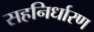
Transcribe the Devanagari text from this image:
सहनिर्धारण